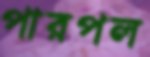
পারপল